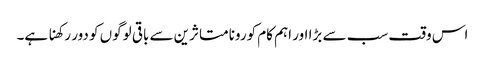
اس وقت سب سے بڑا اور اہم کام کورونا متاثرین سے باقی لوگوں کو دور رکھنا ہے۔